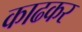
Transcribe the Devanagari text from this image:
काढकर